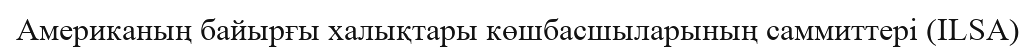
Американың байырғы халықтары көшбасшыларының саммиттері (ILSA)